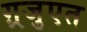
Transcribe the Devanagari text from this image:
ग़्रजुएत